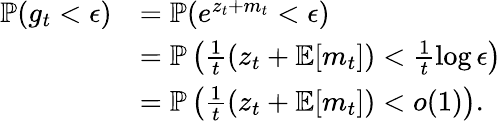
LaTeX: \begin{array}{rl}{\mathbb{P}(g_{t}<\epsilon)}&{=\mathbb{P}(e^{z_{t}+m_{t}}<\epsilon)}\\ &{=\mathbb{P}\left(\frac{1}{{t}}(z_{t}+\mathbb{E}[m_{t}])<\frac{1}{{t}}\log\epsilon\right)}\\ &{=\mathbb{P}\left(\frac{1}{{t}}(z_{t}+\mathbb{E}[m_{t}])<o(1)\right).}\end{array}